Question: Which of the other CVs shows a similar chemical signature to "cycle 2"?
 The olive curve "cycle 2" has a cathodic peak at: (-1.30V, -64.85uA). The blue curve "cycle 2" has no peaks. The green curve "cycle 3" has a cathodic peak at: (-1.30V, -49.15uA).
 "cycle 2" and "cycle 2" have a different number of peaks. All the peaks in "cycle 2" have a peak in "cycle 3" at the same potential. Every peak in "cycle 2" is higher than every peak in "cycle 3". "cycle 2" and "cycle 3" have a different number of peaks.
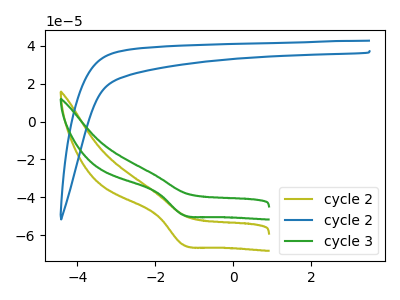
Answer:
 <answer>The CV with the most similar shape to "cycle 3" is "cycle 2".</answer>
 <eval>"cycle 2"</eval>